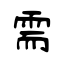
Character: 需